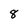
Character: 8